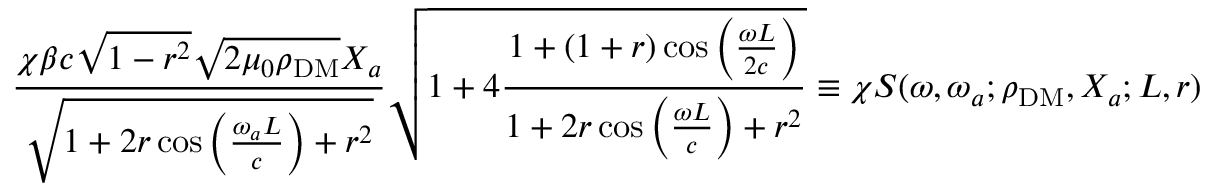
\frac { \chi \beta c \sqrt { 1 - r ^ { 2 } } \sqrt { 2 \mu _ { 0 } \rho _ { \mathrm { D M } } } X _ { a } } { \sqrt { 1 + 2 r \cos \left( \frac { \omega _ { a } L } { c } \right) + r ^ { 2 } } } \sqrt { 1 + 4 \frac { 1 + ( 1 + r ) \cos \left( \frac { \omega L } { 2 c } \right) } { 1 + 2 r \cos \left( \frac { \omega L } { c } \right) + r ^ { 2 } } } \equiv \chi S ( \omega , \omega _ { a } ; \rho _ { \mathrm { D M } } , X _ { a } ; L , r ) \, ,